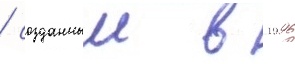
/ созданныи в 1996